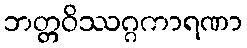
ဘတ္တဝိဿဂ္ဂကာရဏာ